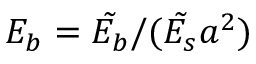
E _ { b } = \tilde { E _ { b } } / ( \tilde { E _ { s } } a ^ { 2 } )